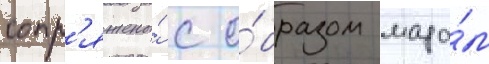
сопр'яжены́ с о́бразом мада́м